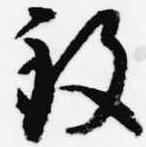
致